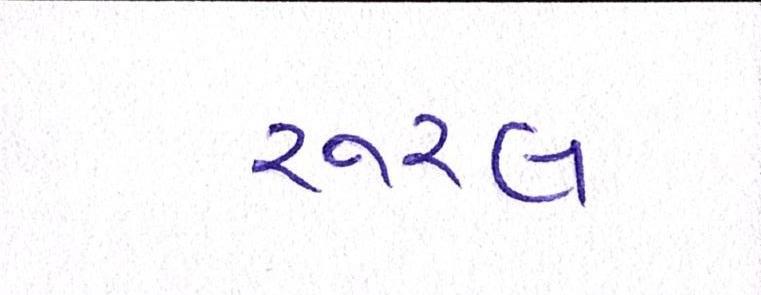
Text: રૂરલ